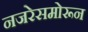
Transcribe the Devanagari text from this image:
नजरेसमोरून